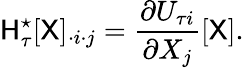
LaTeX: \mathsf{H}_{\tau}^{\star}[\mathsf{X}]_{\cdot i\cdot j}=\frac{\partial U_{\tau i}}{\partial X_{j}}\left[\mathsf{X}\right].